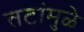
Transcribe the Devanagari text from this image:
तटांमुळे